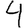
Digit: 4